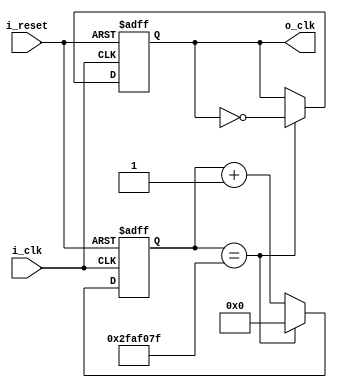
module ClockDivider_1Hz(
    input i_clk,
    input i_reset,
    output o_clk
    );

    reg r_clk = 1'b0;
    reg [31:0] r_counter = 0;

    assign o_clk = r_clk;

    always @(posedge i_clk or posedge i_reset) begin
        if (i_reset) begin
            r_clk <= 1'b0;
            r_counter <= 0;
        end
        else begin
            if (r_counter == 50_000_000 - 1) begin
                r_clk <= ~r_clk;
                r_counter <= 0;
            end
            else begin
                r_counter <= r_counter + 1;
            end
        end
    end
endmodule